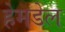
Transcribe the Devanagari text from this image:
हेमडेल